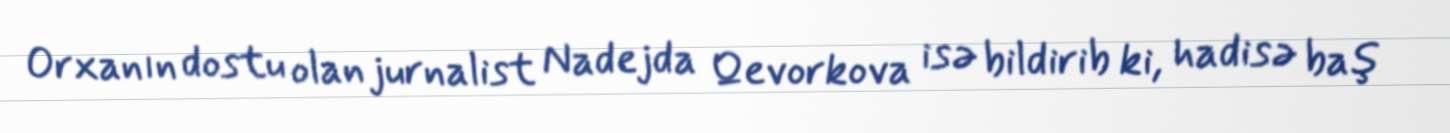
Orxanın dostu olan jurnalist Nadejda Qevorkova isə bildirib ki, hadisə baş